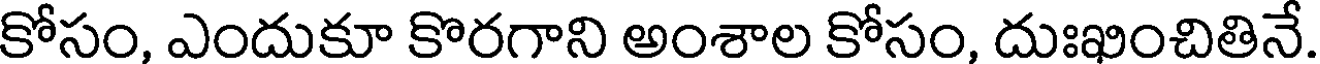
కోసం, ఎందుకూ కొరగాని అంశాల కోసం, దుఃఖించితినే